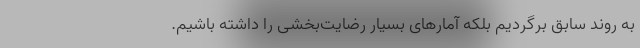
به روند سابق برگردیم بلکه آمارهای بسیار رضایت‌بخشی را داشته باشیم.